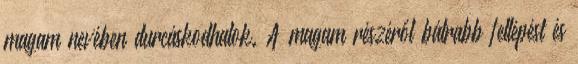
magam nevében durcáskodhatok. A magam részéről bátrabb fellépést és